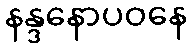
နန္ဒနောပဝနေ